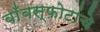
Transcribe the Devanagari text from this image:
बाँबस्फोटांचे